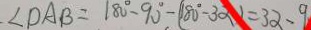
\angle D A B = 1 8 0 ^ { \circ } - 9 0 ^ { \circ } - ( 1 8 0 ^ { \circ } - 3 \alpha ) = 3 \alpha - 9